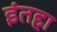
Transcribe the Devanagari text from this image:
इंतहा